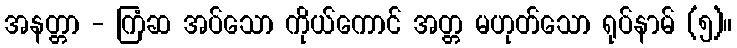
အနတ္တာ - ကြံဆ အပ်သော ကိုယ်ကောင် အတ္တ မဟုတ်သော ရုပ်နာမ် (၅)။